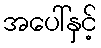
အပေါ်နှင့်